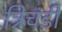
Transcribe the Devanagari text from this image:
त्रिचंडी